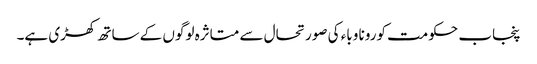
پنجاب حکومت کورونا وباء کی صورتحال سے متاثرہ لوگوں کے ساتھ کھڑی ہے۔